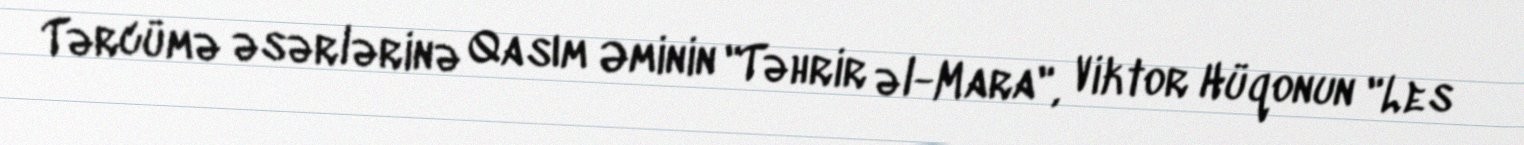
Tərcümə əsərlərinə Qasım Əminin "Təhrir əl-Mara", Viktor Hüqonun "Les